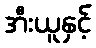
အီးယူနှင့်